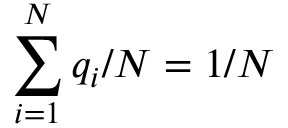
\sum _ { i = 1 } ^ { N } q _ { i } / N = 1 / N